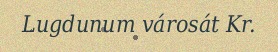
Lugdunum városát Kr.